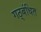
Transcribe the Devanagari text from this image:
गठ्बंधित